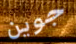
جوين